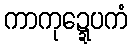
ကာကုဍ္ဍေပကံ